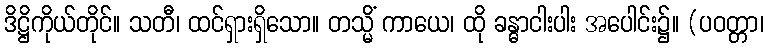
ဒိဋ္ဌိကိုယ်တိုင်။ သတီ၊ ထင်ရှားရှိသော။ တသ္မိံ ကာယေ၊ ထို ခန္ဓာငါးပါး အပေါင်း၌။ (ပဝတ္တာ၊